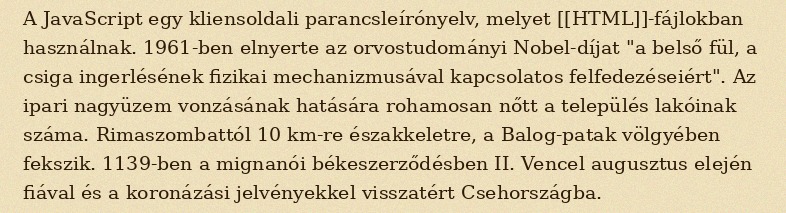
A JavaScript egy kliensoldali parancsleírónyelv, melyet [[HTML]]-fájlokban használnak. 1961-ben elnyerte az orvostudományi Nobel-díjat "a belső fül, a csiga ingerlésének fizikai mechanizmusával kapcsolatos felfedezéseiért". Az ipari nagyüzem vonzásának hatására rohamosan nőtt a település lakóinak száma. Rimaszombattól 10 km-re északkeletre, a Balog-patak völgyében fekszik. 1139-ben a mignanói békeszerződésben II. Vencel augusztus elején fiával és a koronázási jelvényekkel visszatért Csehországba.